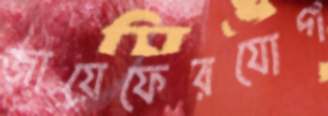
জায়েফেরযোগ